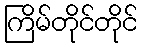
ကြိမ်တိုင်တိုင်